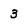
Character: 3